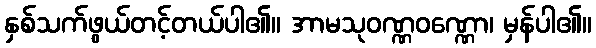
နှစ်သက်ဖွယ်တင့်တယ်ပါ၏။ အာမသုဝဏ္ဏဝဏ္ဏော၊ မှန်ပါ၏။